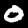
Digit: 0